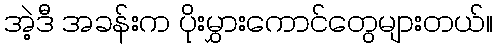
အဲ့ဒီ အခန်းက ပိုးမွှားကောင်တွေများတယ်။